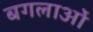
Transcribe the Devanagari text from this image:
बगलाओं